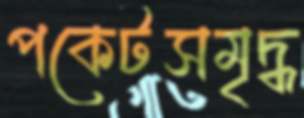
পকেটসমৃদ্ধ